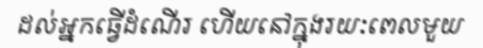
ដល់អ្នកធ្វើដំណើរ ហើយនៅក្នុងរយៈពេលមួយ